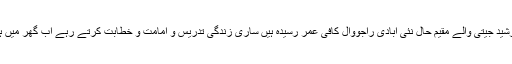
شیخ عبدالرشید جیتی والے مقیم حال نئی آبادی راجووال کافی عمر رسیدہ ہیں ساری زندگی تدریس و امامت و خطابت کرتے رہے اب گھر میں ہوتے ہیں ۔